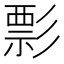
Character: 彯